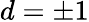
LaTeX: d=\pm 1